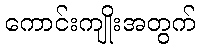
ကောင်းကျိုးအတွက်